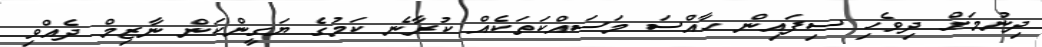
ދިނުމަށް ދިވެހި ސިފައިން ހާއްސަ މަސައްކަތަކެއް ކުރާނެ ކަމުގެ ޔަގީންކަން ނާޒިމް ދެއްވި